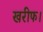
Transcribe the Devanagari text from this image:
खरीफ।